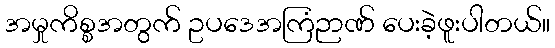
အမှုကိစ္စအတွက် ဥပဒေအကြံဉာဏ် ပေးခဲ့ဖူးပါတယ်။